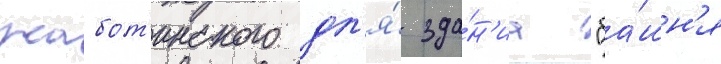
жабот'инского дл'я́ зда́н'иа "ба́шн'я